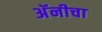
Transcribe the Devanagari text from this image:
अॅनीचा